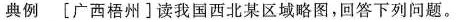
典例[广西梧州]读我国西北某区域略图，回答下列问题。